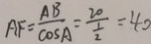
A F = \frac { A B } { \cos A } = \frac { 2 0 } { \frac { 1 } { 2 } } = 4 0